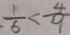
\frac { 1 } { 6 } < \frac { 4 } { 9 }